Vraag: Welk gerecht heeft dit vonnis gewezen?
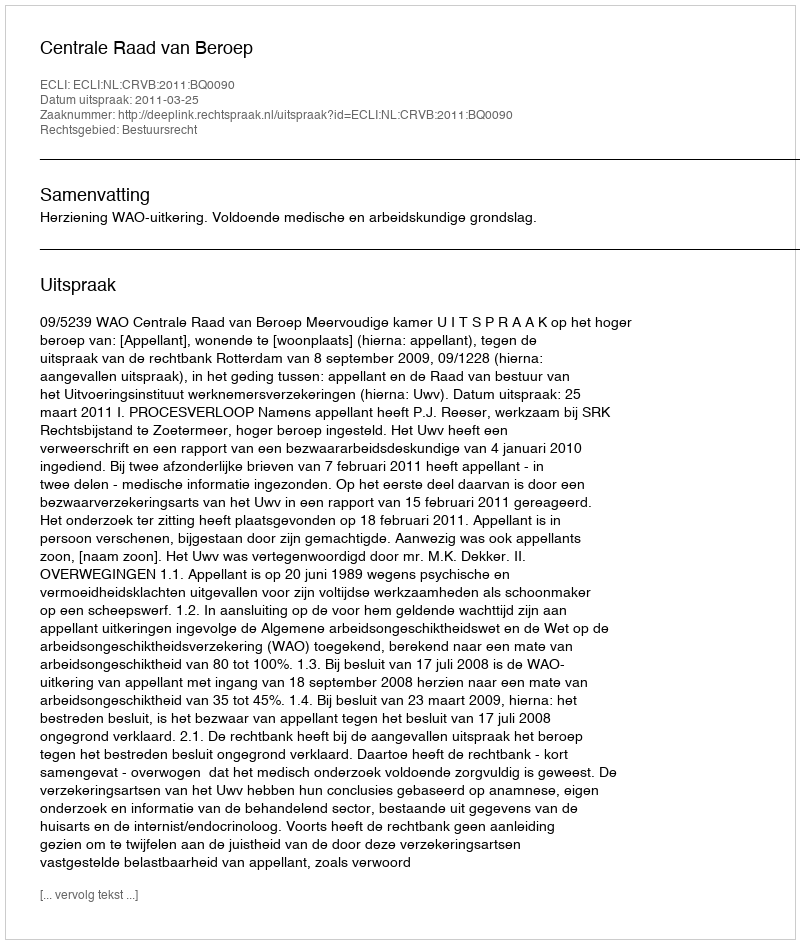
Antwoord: Centrale Raad van Beroep